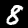
Label: 8